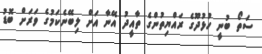
ސަތޯ ބުނީ ހުޅުދޫގެ ރައްޔިތުންގެ ތާއީދު އޭނާ އަށް ލިބޭނެކަމުގެ ވަރަށް ބޮޑު